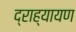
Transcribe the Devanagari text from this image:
द्राह्यायण